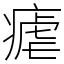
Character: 瘧